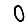
Digit: 0